Annual report of the Punjab Veterinary College and of the Civil Veterinary Department, Punjab - 1920-1925
Year: 1920
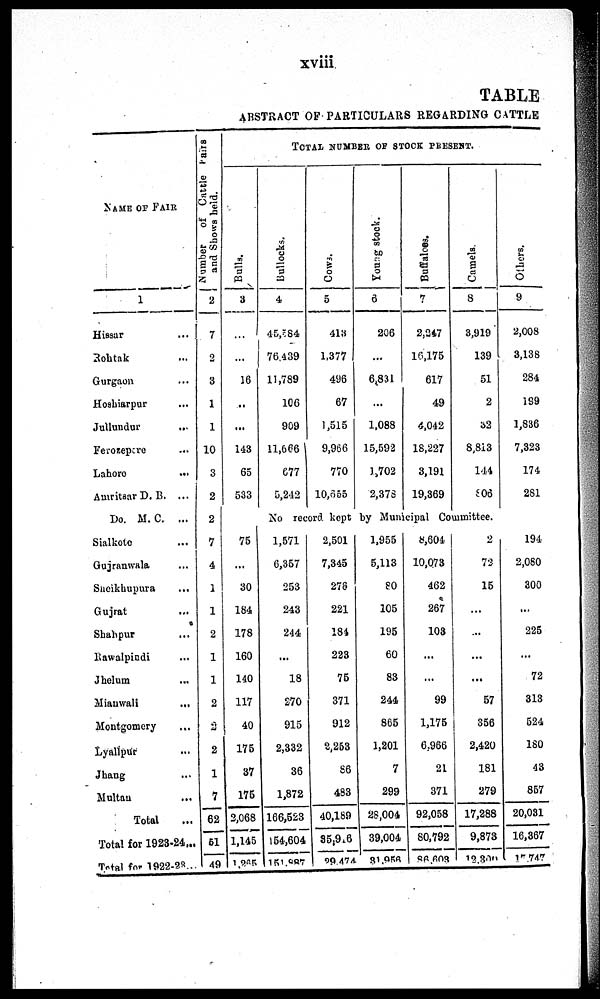
xviii
TABLE
ABSTRACT OF PARTICULARS REGARDING CATTLE
NAME OF FAIR
1
Hissar
...
Rohtak ...
Gurgaon ...
Hoshiarpur ...
Jullundur
...
Ferozepere ...
Lahore
...
Amritsar D. B. ...
Do. M. C. ...
Sialkote ...
Gujranwala ...
Sneikhupura
...
Gujrat ...
Shahpur
...
Rawalpindi ...
Jhelum ...
Mianwali
...
Montgomery
Lyallpur ...
Jhang ...
Multan ...
Total
Total for 1923-24 ...
Total for 1922-23...
Number
of Cattle Fairs
and Shows held.
2
7
2
3
1
1
10
3
2
2
7
4
1
1
2
1
1
2
2
2
1
7
62
51
49
TOTAL NUMBER OF STOCK PRESENT.
Bulls.
3
...
...
16
...
...
143
65
533
Bullocks.
4
45,584
76,439
11,789
106
909
11,666
677
5,242
Cows.
5
413
1,377
496
67
1,515
9,966
770
10,655
Young stock.
6
206
...
6,831
...
1,088
15,592
1,702
2,378
Buffaloes.
7
2,247
16,175
617
49
4,042
18,227
3,191
19,369
Camels.
8
3,919
139
51
2
32
8,813
144
806
Others.
9
2,008
3,138
284
199
1,836
7,323
174
281
No
record kept by Municipal Committee.
75
...
30
184
178
160
140
117
40
175
37
175
2,068
1,145
1,265
1,571
6,357
253
243
244
...
18
270
915
2,332
36
1,872
166,523
154,604
151,887
2,501
7,345
278
221
184
223
75
371
912
2,253
86
483
40,189
35,916
29,474
1,955
5,113
80
105
195
60
83
244
865
1,201
7
299
28,004
39,004
31,956
8,604
10,073
462
267
103
...
...
99
1,175
6,966
21
371
92,058
80,792
86,603
2
72
15
...
...
...
...
57
356
2,420
181
279
17,288
9,873
12,300
194
2,080
300
...
225
...
72
313
524
180
43
857
20,081
16,367
17,747